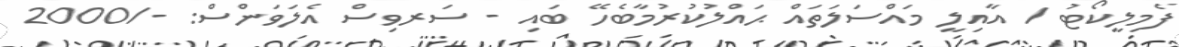
ފެމިލީކޯޓު / އާއިލީ މައްސަލަތައް ޙައްލުކުރުމާބެހޭ ބައި - ސަރވިސް އެލަވަންސް: -/2000